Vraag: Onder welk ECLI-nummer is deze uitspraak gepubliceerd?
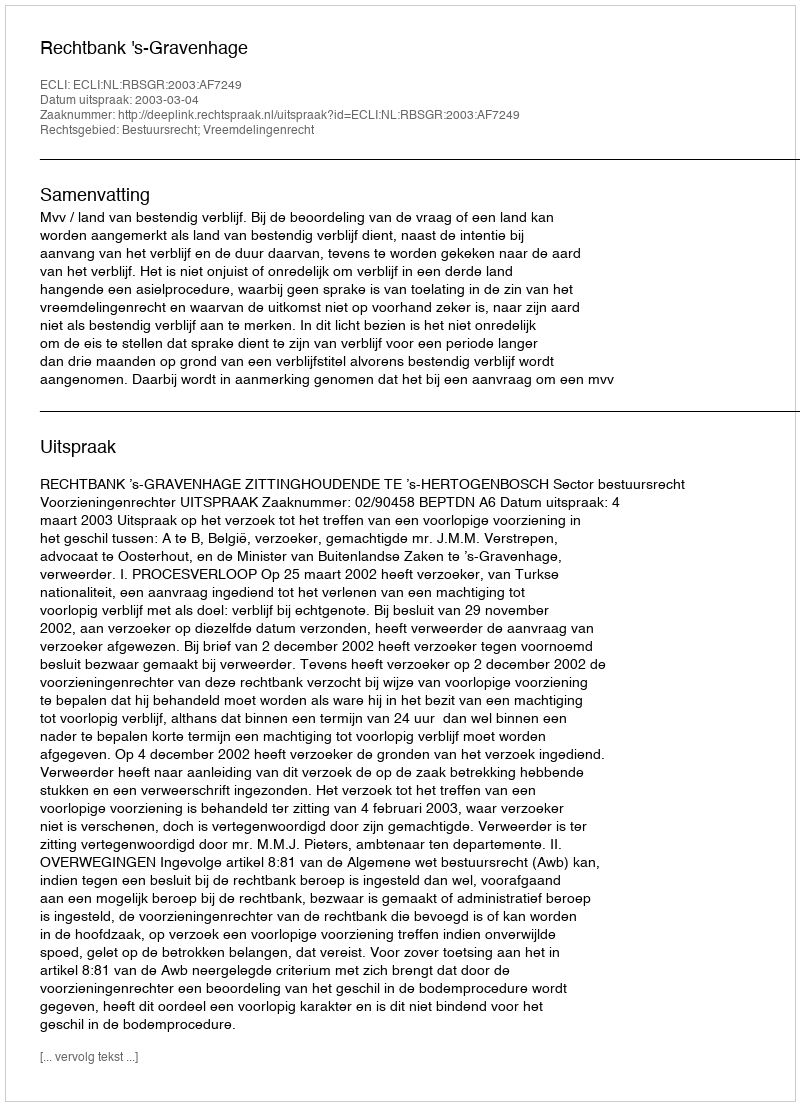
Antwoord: ECLI:NL:RBSGR:2003:AF7249